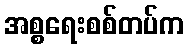
အစ္စရေးစစ်တပ်က